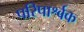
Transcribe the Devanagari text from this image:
परिपार्श्वक